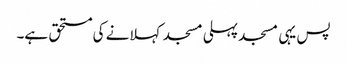
پس یہی مسجد پہلی مسجد کہلانے کی مستحق ہے۔